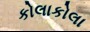
કોલાકોલા